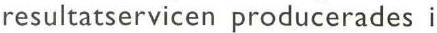
resultatservicen producerades i